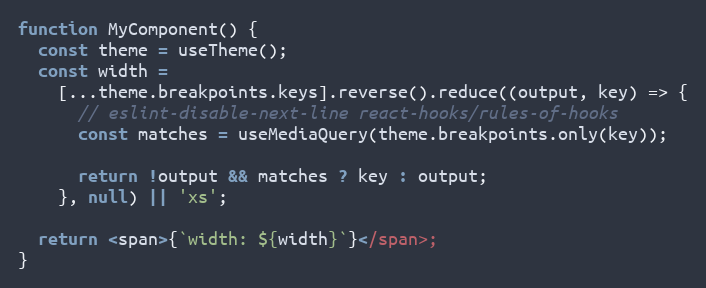
Language: JavaScript
function MyComponent() {
  const theme = useTheme();
  const width =
    [...theme.breakpoints.keys].reverse().reduce((output, key) => {
      // eslint-disable-next-line react-hooks/rules-of-hooks
      const matches = useMediaQuery(theme.breakpoints.only(key));

      return !output && matches ? key : output;
    }, null) || 'xs';

  return <span>{`width: ${width}`}</span>;
}